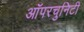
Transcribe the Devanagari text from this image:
ऑपरचुनिटी